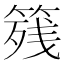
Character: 𱸐